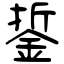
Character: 銴